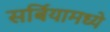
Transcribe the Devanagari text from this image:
सर्बियामध्ये